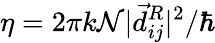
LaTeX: \eta=2\pi k\mathcal N|\vec{d}_{ij}^{R}|^{2}/\hbar